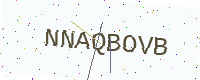
Text: NNAQBOVB